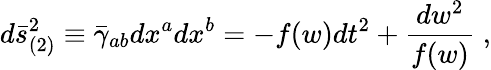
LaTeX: d\bar{s}_{(2)}^{2}\equiv\bar{\gamma}_{ab}dx^{a}dx^{b}=-f(w)dt^{2}+\frac{dw^{2}}{f(w)}\; ,